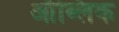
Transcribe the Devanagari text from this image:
ऑब्लिक